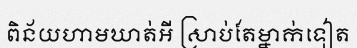
ពិន័យហាមឃាត់អី ស្រាប់តែម្នាក់ទៀត